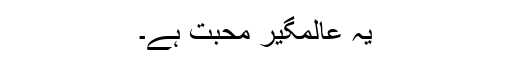
یہ عالمگیر محبت ہے۔